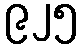
၉၂၅